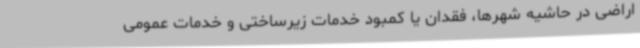
اراضی در حاشیه شهرها، فقدان یا کمبود خدمات زیرساختی و خدمات عمومی